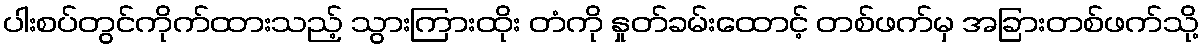
ပါးစပ်တွင်ကိုက်ထားသည့် သွားကြားထိုး တံကို နှုတ်ခမ်းထောင့် တစ်ဖက်မှ အခြားတစ်ဖက်သို့